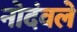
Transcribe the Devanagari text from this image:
नोदंवले